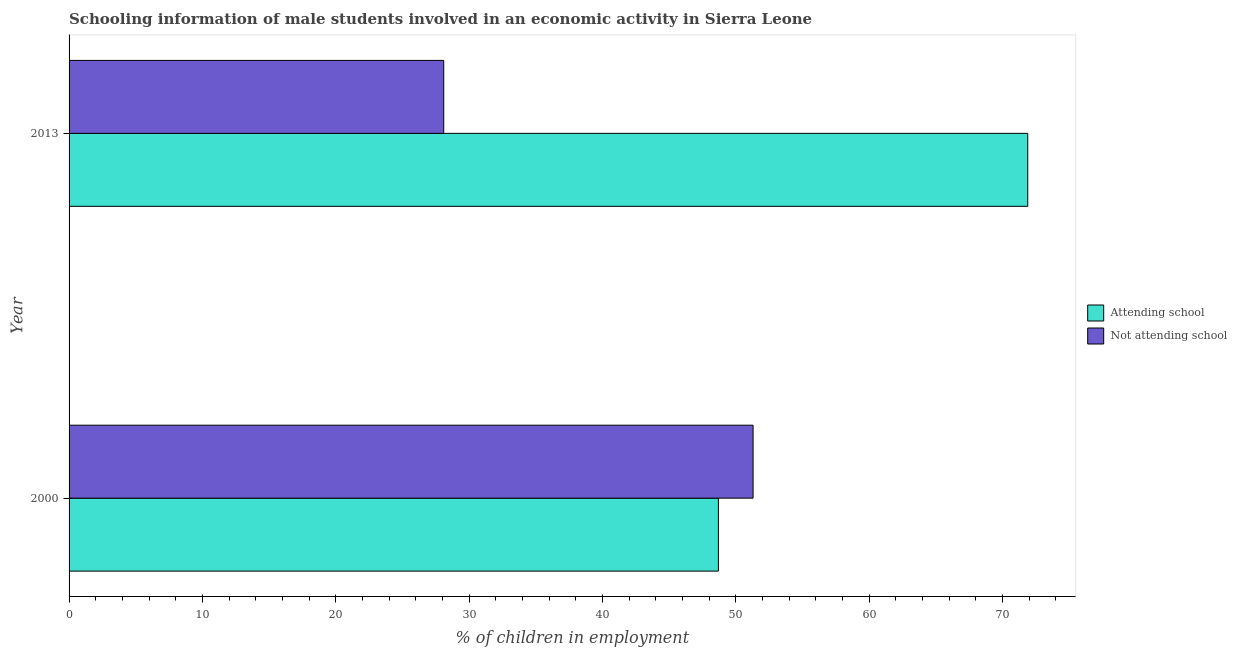
| Year | Attending school | Not attending school |
 | --- | --- | --- |
 | 2000 | 48.7 | 51.3 |
 | 2013 | 71.9 | 28.1 |